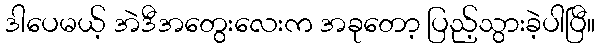
ဒါပေမယ့် အဲဒီအတွေးလေးက အခုတော့ ပြည့်သွားခဲ့ပါပြီ။